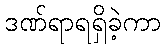
ဒဏ်ရာရရှိခဲ့ကာ